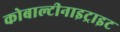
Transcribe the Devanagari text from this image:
कोबाल्टीनाइट्राइट